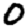
Digit: 0